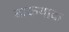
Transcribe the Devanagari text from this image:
बाकयादा